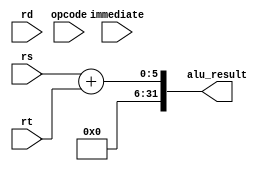
module EX_Stage(
    input [5:0] opcode,
    input [4:0] rs, rt, rd,
    input [15:0] immediate,
    output reg [31:0] alu_result
);
    always @(*) begin
        // Simple ALU operation: addition
        alu_result = rs + rt; // Simplified example
    end
endmodule